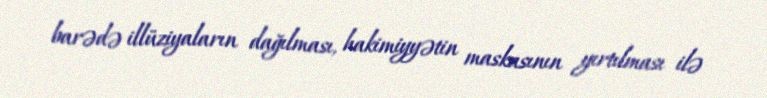
barədə illüziyaların dağılması, hakimiyyətin maskasının yırtılması ilə